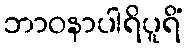
ဘာဝနာပါရိပူရိံ